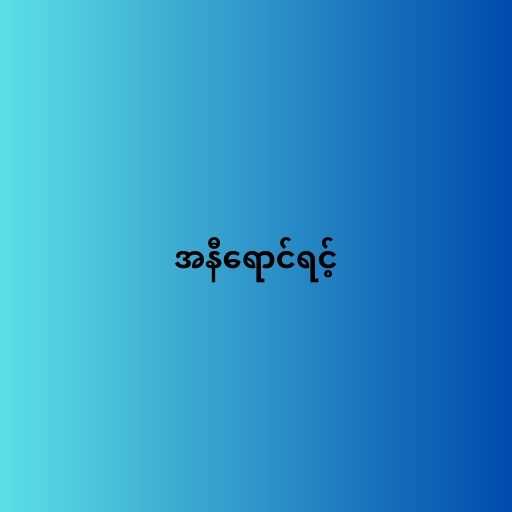
အနီရောင်ရင့်